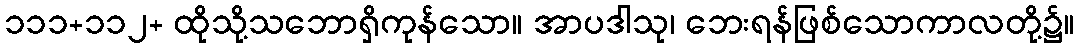
၁၁၁+၁၁၂+ ထိုသို့သဘောရှိကုန်သော။ အာပဒါသု၊ ဘေးရန်ဖြစ်သောကာလတို့၌။